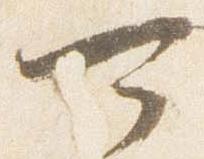
可